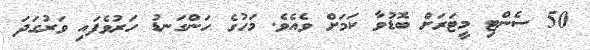
50 ސެންޓި މީޓަރަށް ބޮޑުވާ ކަމަށް ވެއެވެ. މަހުގެ ހަންގަނޑު ހަރުވެފައި ވަރުގަދަ